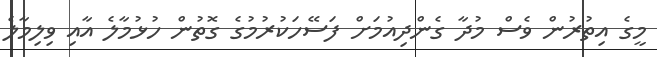
މީގެ އިތުރުން ވެސް މުދާ ގެންދިއުމަށް ފަސޭހަކުރުމުގެ ގޮތުން ހުޅުމާލެ އާއި ވިލިމާލެ